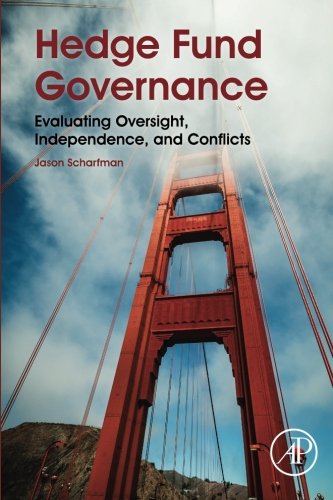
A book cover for Hedge Fund Governance: Evaluating Oversight, Independence, and Conflicts; Jason Scharfman; Business & Money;